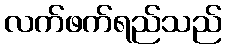
လက်ဖက်ရည်သည်